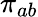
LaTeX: \pi_{ab}